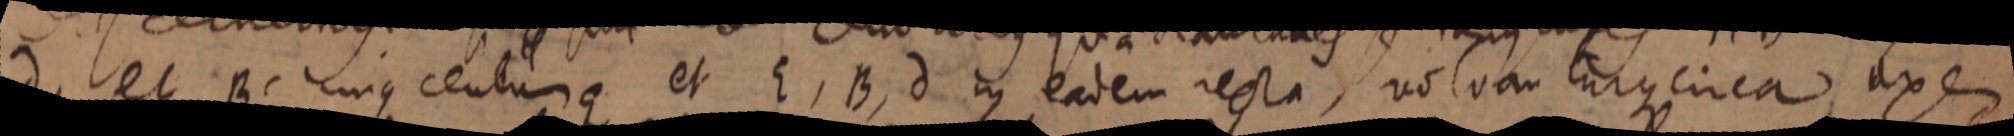
d, et B cujus centurus et E, B, d in eadem recta, volvam cujus circa, axe